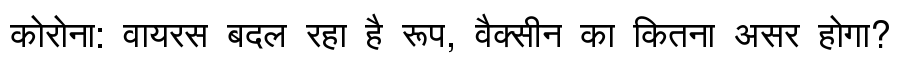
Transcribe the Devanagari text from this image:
कोरोना: वायरस बदल रहा है रूप, वैक्सीन का कितना असर होगा?